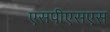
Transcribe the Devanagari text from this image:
एसपीएसएस